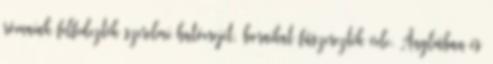
rómaiak felfedezték szerelmi hatóerejét, boraikat fűszerezték vele. Angliában és